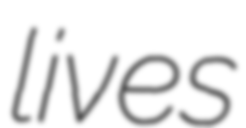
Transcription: lives